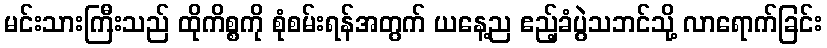
မင်းသားကြီးသည် ထိုကိစ္စကို စုံစမ်းရန်အတွက် ယနေ့ည ဧည့်ခံပွဲသဘင်သို့ လာရောက်ခြင်း